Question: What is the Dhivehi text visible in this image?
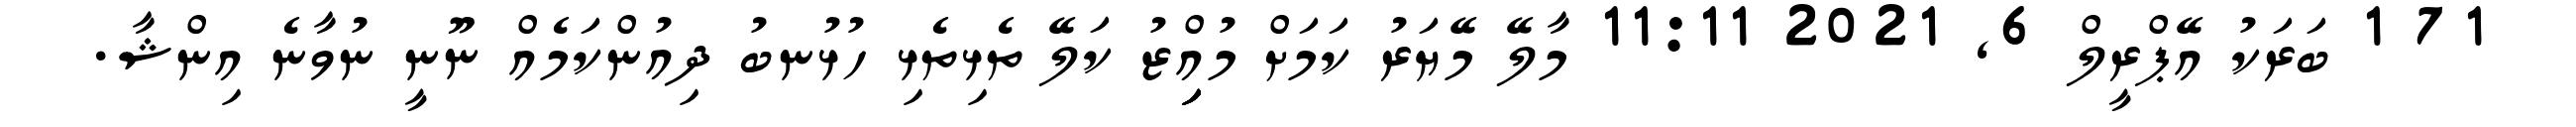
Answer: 71 1 ބަރަކު އޭޕްރީލް 6, 2021 11:11 މާލޭ މޭޔަރު ކަމަށް މުއިިިިިްޒު ކަލޭ ތެޅިތެޅި ހުޅުނބު ދިއުންކަމެއް ނޫނީ ނުވާނެ އިންޝާ.